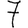
Digit: 7